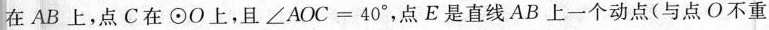
在AB上，点C在⊙O上，且$$\angle AOC=40^{\circ}$$，点E是直线AB上一个动点(与点O不重